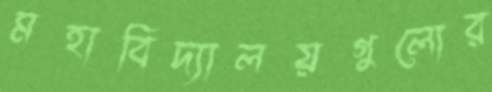
মহাবিদ্যালয়গুলোর